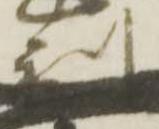
利